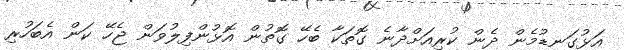
އަޅުގަނޑުމެން ދެން ކުރިއަށްދާނެ ގޮތަކާ ބެހޭ ގޮތުން އޮޅުންފިލުވަން ޖެހޭ ކަން އެބަހުރި